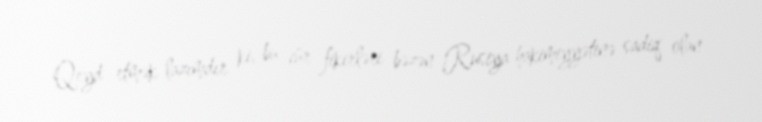
Qeyd etmək lazımdır ki, bu cür fikirləri bəzən Rusiya hakimiyyətinə sadiq olan